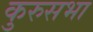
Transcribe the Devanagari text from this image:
कुरुसभा